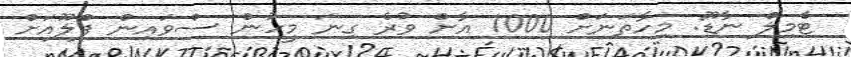
ޓެމިލް ނާޑޫ: މިހާތަނަށް 1000 އާށް ވުރެ ގިނަ މީހުން ސްވައިން ފްލޫއަށް